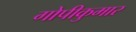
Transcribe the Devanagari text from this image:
गोपीकुमार